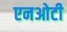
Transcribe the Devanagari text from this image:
एनओटी